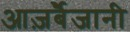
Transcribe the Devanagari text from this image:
आज़र्बैजानी